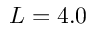
L = 4 . 0